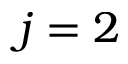
j = 2